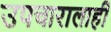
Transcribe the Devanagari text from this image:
उपचारालाही